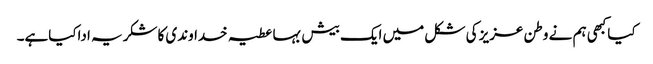
کیاکبھی ہم نے وطن عزیز کی شکل میں ایک بیش بہاعطیہ خداوندی کاشکریہ اداکیاہے۔